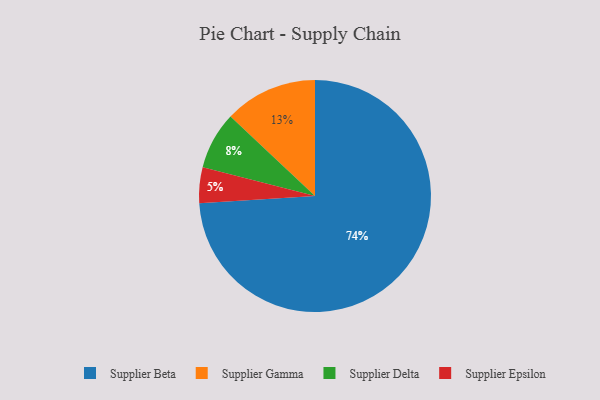
{"axis": {"x": "Category", "y": "Percentage"}, "legend": ["Supplier Beta", "Supplier Delta", "Supplier Epsilon", "Supplier Gamma"], "data": [{"x": "Supplier Beta", "y": 74, "type": "Supplier Beta"}, {"x": "Supplier Gamma", "y": 13, "type": "Supplier Gamma"}, {"x": "Supplier Epsilon", "y": 5, "type": "Supplier Epsilon"}, {"x": "Supplier Delta", "y": 8, "type": "Supplier Delta"}]}